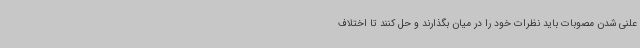
علنی شدن مصوبات باید نظرات خود را در میان بگذارند و حل کنند تا اختلاف